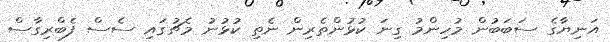
އަނިޔާގެ ސަބަބުން މުހިންމު ގިނަ ކުޅުންތެރިން ނެތި ކުޅުނު މެޗުގައި ސެސް ފެބްރިގާސް